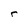
Character: r